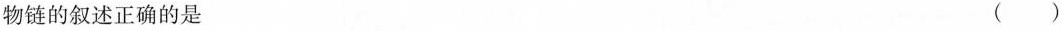
物链的叙述正确的是 ( )